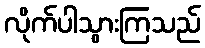
လိုက်ပါသွားကြသည်